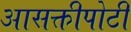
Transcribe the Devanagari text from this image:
आसक्तीपोटी